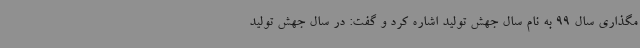
مگذاری سال 99 به نام سال جهش تولید اشاره کرد و گفت: در سال جهش تولید